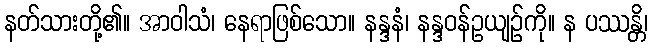
နတ်သားတို့၏။ အာဝါသံ၊ နေရာဖြစ်သော။ နန္ဒနံ၊ နန္ဒဝန်ဥယျဉ်ကို။ န ပဿန္တိ၊